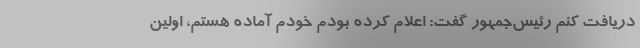
دریافت کنم رئیس‌جمهور گفت: اعلام کرده بودم خودم آماده هستم، اولین